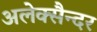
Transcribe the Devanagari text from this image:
अलेक्सैन्दर